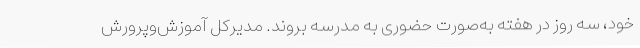
خود، سه روز در هفته به‌صورت حضوری به مدرسه بروند. مدیرکل آموزش‌وپرورش